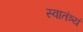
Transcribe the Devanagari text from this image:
स्वातंत्र्यं